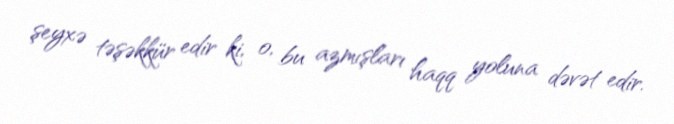
şeyxə təşəkkür edir ki, o, bu azmışları haqq yoluna dəvət edir.